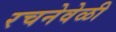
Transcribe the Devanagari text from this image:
रचनेवेळी